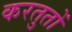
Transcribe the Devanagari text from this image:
करतुतों